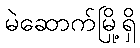
မဲဆောက်မြို့ရှိ